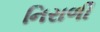
નિરાળી